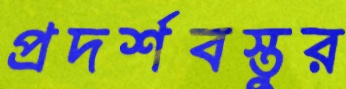
প্রদর্শবস্তুর